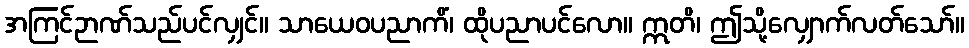
အကြင်ဉာဏ်သည်ပင်လျှင်။ သာယေဝပညာကိံ၊ ထိုပညာပင်လော။ ဣတိ၊ ဤသို့လျှောက်လတ်သော်။